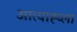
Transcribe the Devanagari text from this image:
आत्याह्य्ला